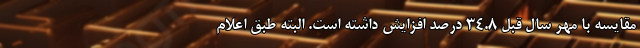
مقایسه با مهر سال قبل ۳۴.۸ درصد افزایش داشته است. البته طبق اعلام